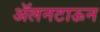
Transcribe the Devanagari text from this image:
ॲलनटाऊन